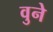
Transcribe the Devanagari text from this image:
वुने